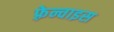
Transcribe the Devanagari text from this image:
फ़्रेन्चाइस